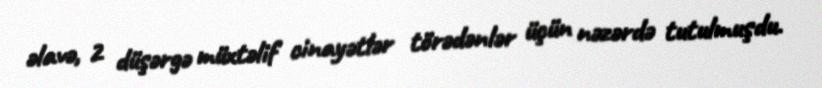
əlavə, 2 düşərgə müxtəlif cinayətlər törədənlər üçün nəzərdə tutulmuşdu.